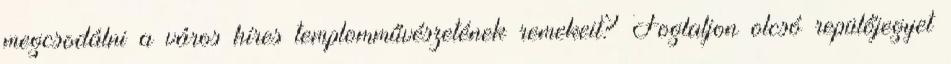
megcsodálni a város híres templomművészetének remekeit? Foglaljon olcsó repülőjegyet